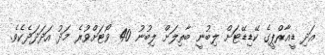
އަދި ޑީއާރްޕީގެ ކޭޑިޑޭޓަށް ލިބުނީ ބާތިލަށް ލިބުނު 40 ވޯޓަށްވުރެ މަދު އަދަދަދެކެވެ.